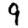
Digit: 9